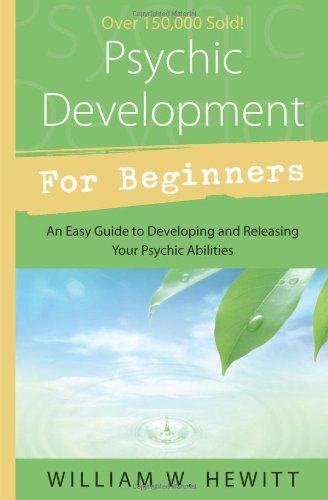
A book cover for Psychic Development for Beginners: An Easy Guide to Releasing and Developing Your Psychic Abilities; William W. Hewitt; Religion & Spirituality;